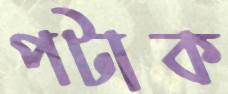
পটাক